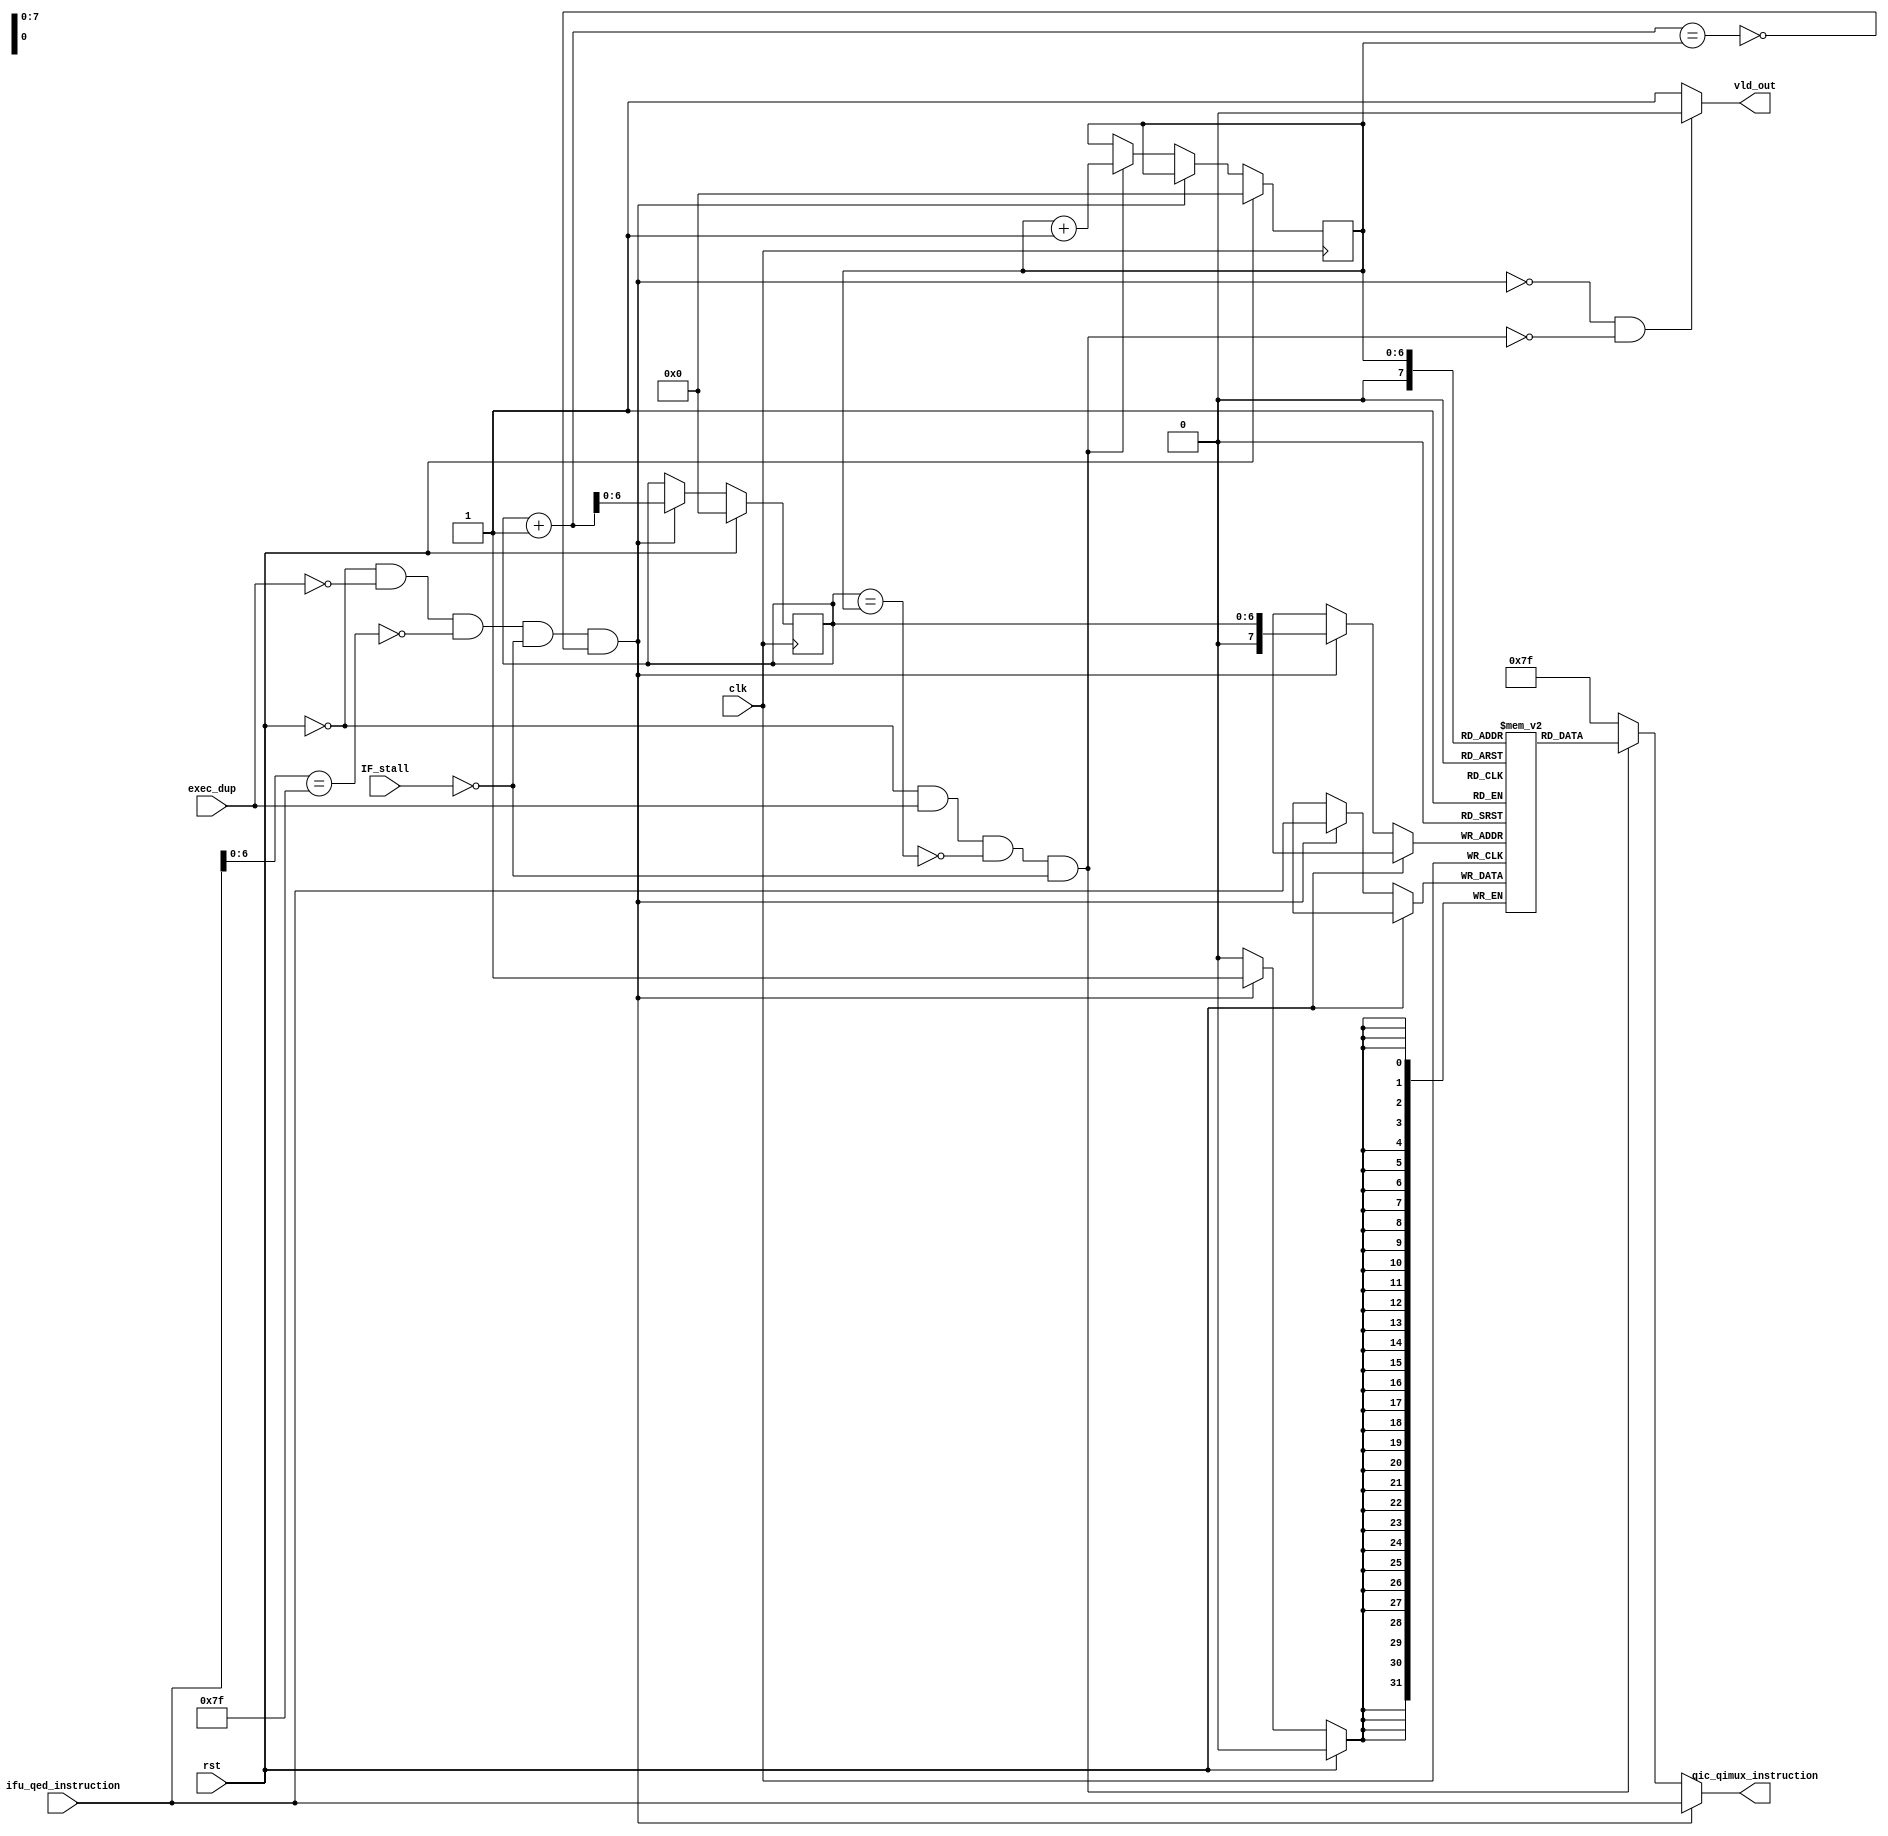
// Copyright (c) Stanford University
//
// This source code is patent protected and being made available under the
// terms explained in the ../LICENSE-Academic and ../LICENSE-GOV files.

module qed_i_cache (
  // Outputs
  qic_qimux_instruction,
  vld_out,  
  // Inputs
  clk, 
  rst,
  exec_dup, 
  IF_stall,
  ifu_qed_instruction
  );

  parameter ICACHESIZE = 256;

  input clk;
  input rst;
  input exec_dup;
  input IF_stall;
  input [31:0] ifu_qed_instruction;

  output vld_out;
  output [31:0] qic_qimux_instruction;

  reg [31:0] i_cache[ICACHESIZE-1:0];
  reg [6:0] address_tail;  
  reg [6:0] address_head;

  wire is_empty;
  wire is_full;
  wire is_nop;
  wire insert_cond ;
  wire delete_cond;
  wire [31:0] instruction;

  assign insert_cond = (~rst) & (~exec_dup) & (~is_nop) & (~IF_stall) & (~is_full);
  assign delete_cond = (~rst) & (exec_dup) & (~is_empty) & (~IF_stall);
  assign is_nop = (ifu_qed_instruction[6:0] == 7'b1111111);
  assign is_empty = (address_tail == address_head);
  assign is_full = ((address_tail + 1) == address_head);
  assign vld_out = (~insert_cond & ~delete_cond) ? 1'b0 : 1'b1;

  always @(posedge clk) begin
    if (rst) begin
      address_tail <= 7'b0;
	  address_head <= 7'b0;
    end 
    else if (insert_cond) begin
	  i_cache[address_tail] <= ifu_qed_instruction;
      address_tail <= address_tail + 1;
    end 
    else if (delete_cond) begin
	  address_head <= address_head + 1;
	end
  end

  assign instruction = i_cache[address_head];
  assign qic_qimux_instruction = insert_cond ? ifu_qed_instruction : (delete_cond ? instruction : 32'b1111111);

endmodule